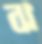
ঝ